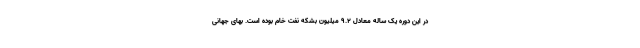
در این دوره یک ساله معادل ۹.۲ میلیون بشکه نفت خام بوده است. بهای جهانی